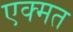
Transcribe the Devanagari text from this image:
एक्मत